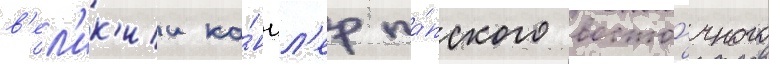
в'ел'ик'ии ка́нцл'ер па́пского восто́чного